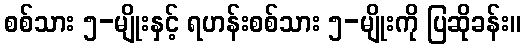
စစ်သား ၅-မျိုးနှင့် ရဟန်းစစ်သား ၅-မျိုးကို ပြဆိုခန်း။